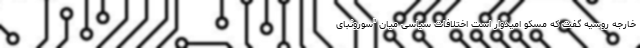
خارجه روسیه گفت که مسکو امیدوار است اختلافات سیاسی میان "سورونبای